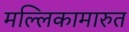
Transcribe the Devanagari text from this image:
मल्लिकामारुत